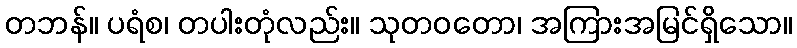
တဘန်။ ပရံစ၊ တပါးတုံလည်း။ သုတဝတော၊ အကြားအမြင်ရှိသော။